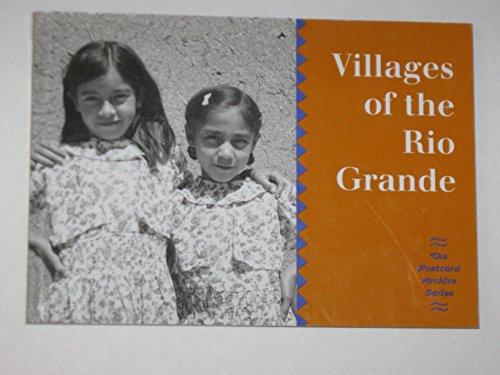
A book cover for Villages of the Rio Grande Postcards: Historical Images from the Museum of New Mexico's Photo Archives (Postcard Archive); Museum of New Mexico Press; Travel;